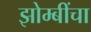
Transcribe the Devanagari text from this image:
झोम्बींचा